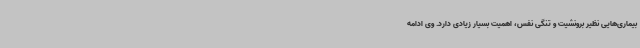
بیماری‌هایی نظیر برونشیت و تنگی نفس، اهمیت بسیار زیادی دارد. وی ادامه